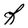
Character: F